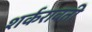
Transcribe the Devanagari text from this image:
शर्करावती